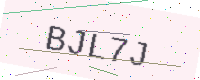
Text: BJL7J